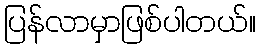
ပြန်လာမှာဖြစ်ပါတယ်။